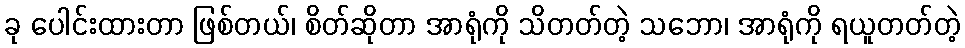
ခု ပေါင်းထားတာ ဖြစ်တယ်၊ စိတ်ဆိုတာ အာရုံကို သိတတ်တဲ့ သဘော၊ အာရုံကို ရယူတတ်တဲ့